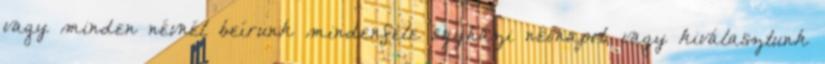
vagy minden névnél beírunk mindenféle egyházi névnapot, vagy kiválasztunk